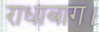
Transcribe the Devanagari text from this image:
राधाबाग।